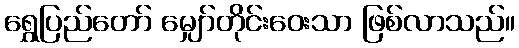
ရွှေပြည်တော် မျှော်တိုင်းဝေးသာ ဖြစ်လာသည်။